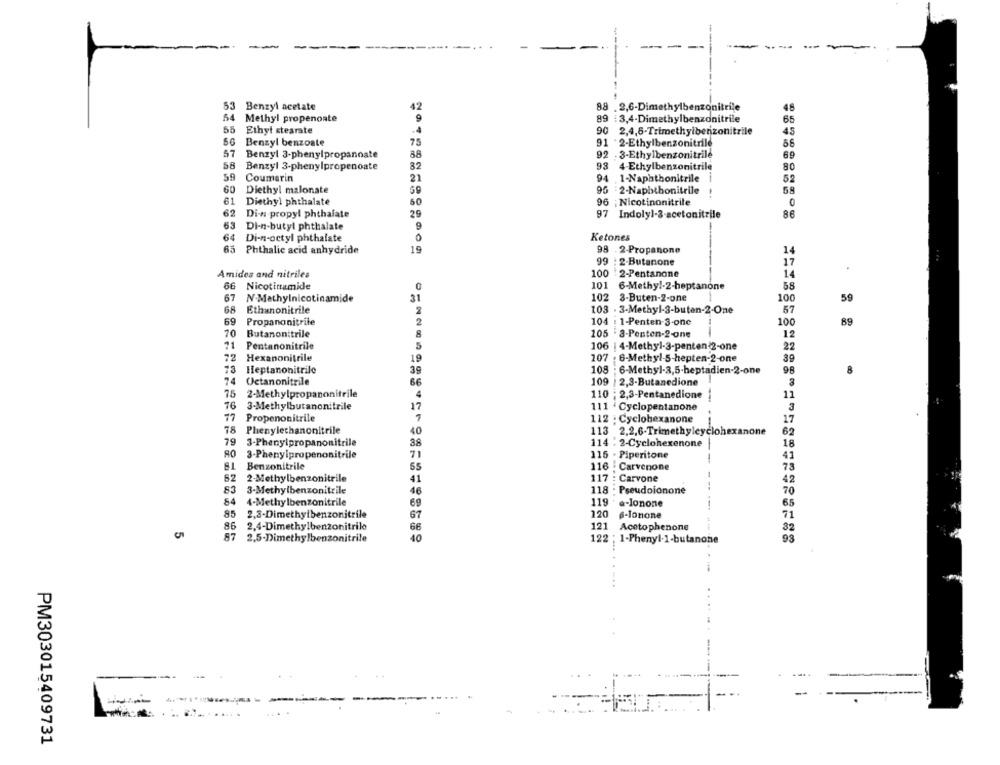
--
-----
--
53 Benzyl acetate
42
88 . 2,6-Dimethylbenzonitrile
48
54
Methyl propenoate
9
89 :3,4-Dimethylbenzonitrile
65
55
Ethyl stearate
90 2,4,6-Trimethylbenzonitrile
45
Benzyl benzoate
75
91 2-Ethylbenzonitrile
57
88
69
Benzyl 3-phenylpropanoate
92 . 3-Ethylbenzonitrile
58
Benzyl 3-phenylpropenoate
82
98
4-Ethylbenzonitrile
80
59
21
Coumarin
94 1-Naphthonitrile
60
Diethyl malonate
96 2-Naphthonitrile
58
61
50
Diethyl phthalate
96 ; Nicotinonitrile
0
62
Di-n-propyl phthalate
29
97 Indolyl-3-acetonitrile
86
63
Di-n-butyl phthalate
64
Di-n-octyl phthalate
Ketones
65 Phthalic acid anhydride
19
98 . 2-Propanone
14
99
: 2-Butanone
17
Amides and nitriles
100
2-Pentanone
14
101
66 Nicotinamide
6-Methyl-2-heptanone
58
67
N.Methylnicotinamide
31
102
3-Buten-2-one
100
59
68
Ethanonitrile
103 - 3-Methyl-3-buten-2-One
57
69
Propanonitrile
2
104 : 1-Penten-3-onc
100
89
70
Butanonitrile
105 3-Penten-2-one
12
71
22
Pentanonitrile
5
106 |4-Methyl-3-panten 2-one
72
Hexanonitrile
19
107
6-Methyl-5-hepten-2-one
39
73
Heptanonitrile
39
108
6-Methyl-3,5-heptadien-2-one
96
74
Octanonitrile
66
109 |2,3-Butanedione
3
75
2-Methylpropanonitrile
4
110 ; 2,3-Pentanedione
11
76
17
3-Methylbutanonitrile
111 Cyclopentanone
3
77
Propenonitrile
112 : Cyclohexanone
-
17
78
Phenylechanonitrile
40
113 2.2,6-Trimethylcyclohexanone
62
79
3-Phenylpropanonitrile
114 . 2-Cyclohexenone
18
80
3-Phenylpropenonitrile
71
115 . Piperitone
41
Benzonitrile
55
116
. Carvenone
75
62
2-Methylbenzonitrile
41
117
Carvone
42
3-Methylbenzonitrile
46
118
........
Pseudoionone
70
4-Methylbenzonitrile
69
119
a-Ionone
65
85
67
120
2,3-Dimethylbenzonitrile
6-Ionone
71
86
2,4-Dimethylbenzonitrilo
121
Acetophenone
32
87
40
2,5-Dimethylbenzonitrile
122
1-Phenyl-1-butanone
93
... .
PM303015409731